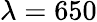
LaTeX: \lambda=650